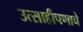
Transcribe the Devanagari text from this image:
उत्साहीपणाचे